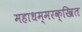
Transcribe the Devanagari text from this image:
महाधम्मरक्खित